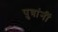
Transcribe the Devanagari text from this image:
पुत्रांनीं